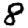
Digit: 8